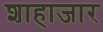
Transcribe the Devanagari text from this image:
शाहाजार